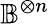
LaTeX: \mathbb{B}^{\otimes n}